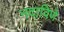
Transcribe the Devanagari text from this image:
नदाविणे